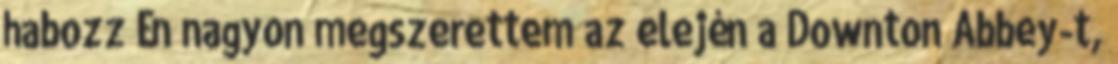
habozz Én nagyon megszerettem az elején a Downton Abbey-t,